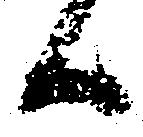
候